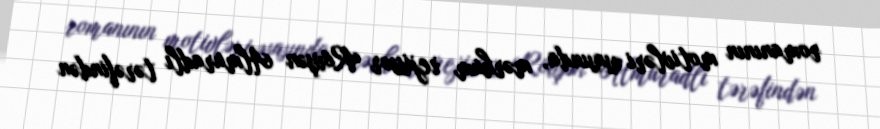
romanının motivləri əsasında, mərhum rejissor Rövşən Almuradlı tərəfindən